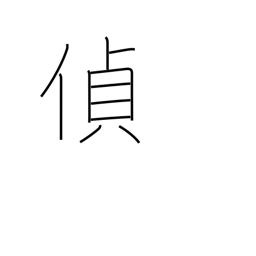
Meaning: spy